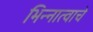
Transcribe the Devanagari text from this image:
भिन्नात्वाचे